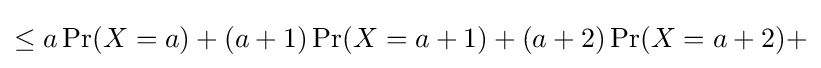
\leq a\operatorname {Pr} (X=a)+(a+1)\operatorname {Pr} (X=a+1)+(a+2)\operatorname {Pr} (X=a+2)+